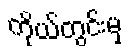
ကိုယ်တွင်းမှ